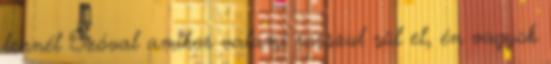
lennél Szóval amikor valami rosszul sül el, én vagyok